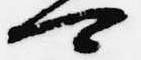
可